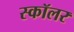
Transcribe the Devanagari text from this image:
स्‍कॉलर